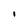
Character: I